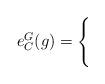
LaTeX: \begin{align*}e^G_C(g) = \begin{cases} &\quad\\ &\quad \\ \end{cases}\end{align*}